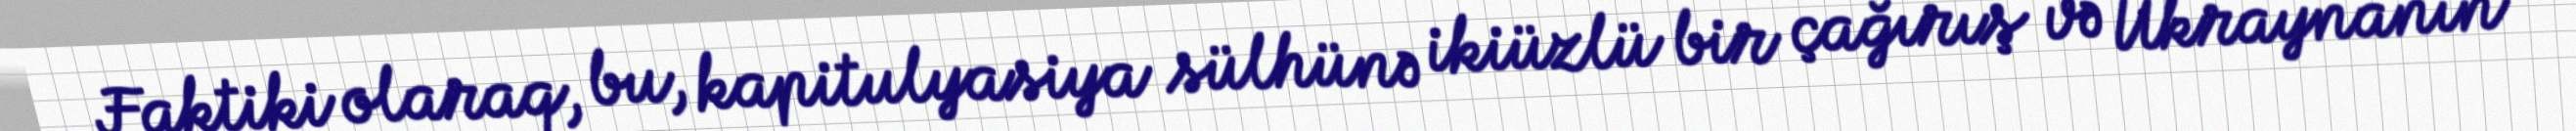
Faktiki olaraq, bu, kapitulyasiya sülhünə ikiüzlü bir çağırış və Ukraynanın